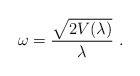
\begin{align*}\omega = \frac{\sqrt{2V(\lambda)}}{\lambda} ~ .\end{align*}